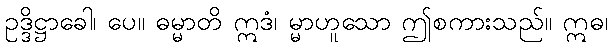
ဥဒ္ဒိဋ္ဌာခေါ၊ ပေ။ ဓမ္မာတိ ဣဒံ၊ မ္မာဟူသော ဤစကားသည်။ ဣဓ၊